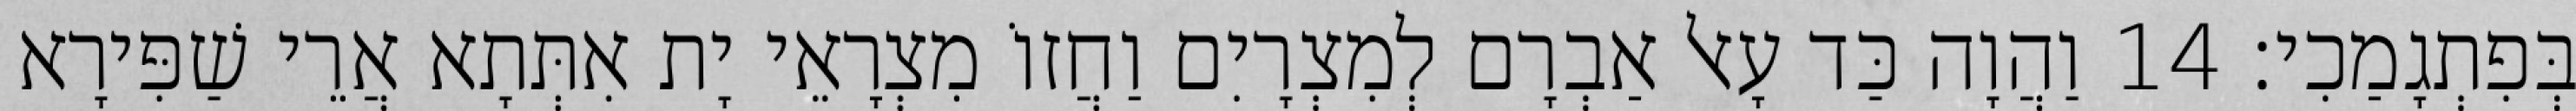
בְּפִתְגָמַכִי׃ 14 וַהֲוָה כַּד עָאל אַבְרָם לְמִצְרָיִם וַחֲזוֹ מִצְרָאֵי יָת אִתְּתָא אֲרֵי שַׁפִּירָא